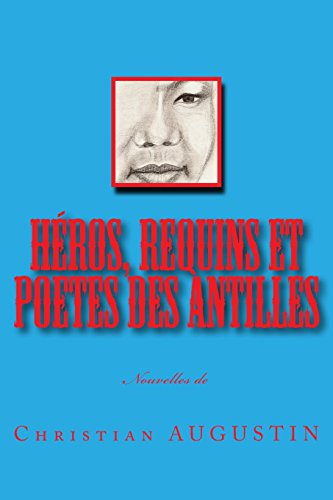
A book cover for HÃ©ros, Requins et Poetes des Antilles (French Edition); Christian augustin; Travel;